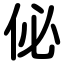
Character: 佖